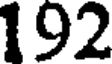
192